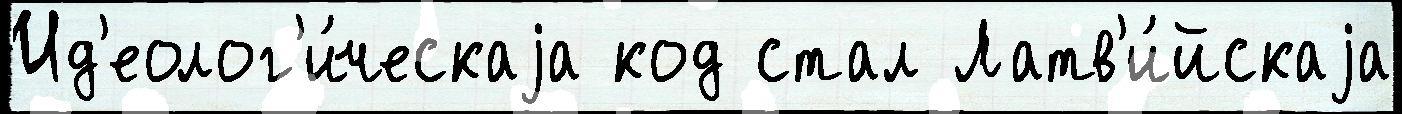
Ид'еолог'и́ческаjа код стал Латв'и́йскаjа